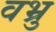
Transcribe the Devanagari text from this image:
वभ्रु